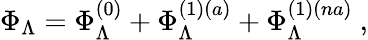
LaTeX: \Phi_{\Lambda}=\Phi_{\Lambda}^{(0)}+\Phi_{\Lambda}^{(1)(a)}+\Phi_{\Lambda}^{(1)(na)}~,